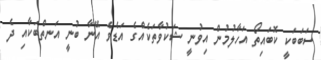
ސަބަބަކީ ކޮބައިތޯ އަހާލުމުން އިވުނީ ޝަކުވާތަކެއްގެ އަޑެވެ އޭނާ ބުނީ އަނތްބަކާއި ދެ